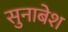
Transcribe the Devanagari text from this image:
सुनाबेश